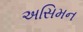
અસિમન